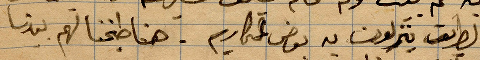
الطريق ينزلون به بعض المحاريم. هنا طبخنا لهم بعدها